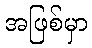
အဖြစ်မှာ